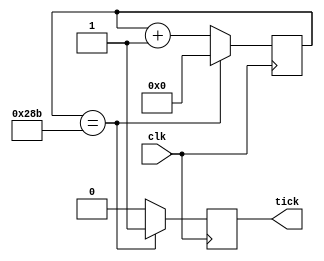
`timescale 1ns / 1ps
//////////////////////////////////////////////////////////////////////////////////
// Company: 
// Engineer: 
// 
// Design Name: 
// Module Name:    uart_baudrate 
// Project Name: 
// Target Devices: 
// Tool versions: 
// Description: 
//
// Dependencies: 
//
// Revision: 
// Revision 0.01 - File Created
// Additional Comments: 
//
//////////////////////////////////////////////////////////////////////////////////
module uart_baudrate(
	input clk,
	output reg tick
    );
	// count = CLK / (BAUD * 16)
	// count = 100MHz / (9600 * 16)
	reg [9:0] count = 0;

	always @(posedge clk)
	begin
	   if(count == 651)
		begin
			tick = 1;
			count = 0;
		end
		else
		begin
			tick = 0;
			count = count + 1;
		end
	end		

endmodule